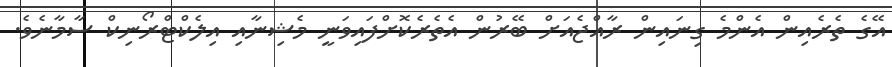
އޭގެ ތެރެއިން އެންމެ ގިނައިން ރާއްޖެއަށް ބޭރުން އެތެރެކޮށްފައިވަނީ މެޝިނާއި އިލެކްޓްރޯނިކް ސާމާނެވެ.